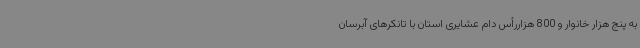
به پنج هزار خانوار و 800 هزاررأس دام عشایری استان با تانکرهای آبرسان